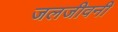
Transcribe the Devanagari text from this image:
जलजीवनी